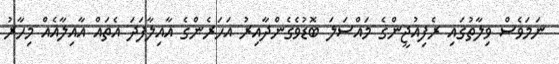
ނަމަވެސް ވިލާތުގައި ރެފިއުޖީންގެ މައްސަލަ ބޮޑުވެގެންދާއިރު އަހަރެންގެ އާއިލާފަދަ އެތައް އާއިލާއެއް މިހާރު